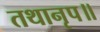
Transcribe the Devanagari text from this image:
तथानृप॥